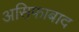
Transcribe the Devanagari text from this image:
असिफाबाद